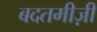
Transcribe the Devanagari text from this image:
बदतमीज़ी